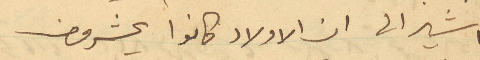
اشير الى ان الاولاد كانوا عشرون